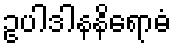
ဥပါဒါနနိရောဓံ